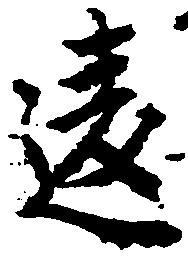
違